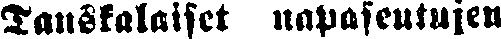
Tanskalaiset napaseutujen